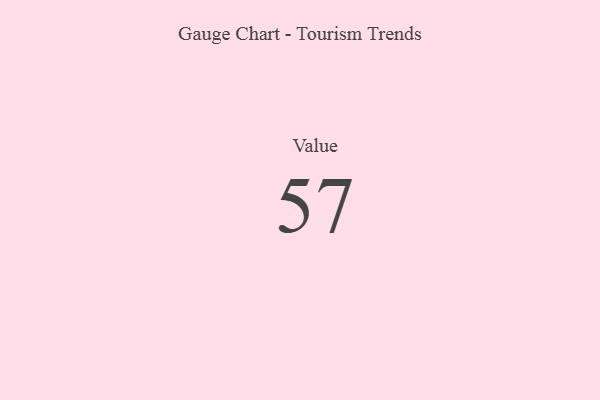
{"axis": {"x": "Metric", "y": "Value"}, "legend": [""], "data": [{"x": "Value", "y": 57, "type": ""}]}